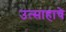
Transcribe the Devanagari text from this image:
उत्साहाचे